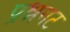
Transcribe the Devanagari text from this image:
प्रश्नगट